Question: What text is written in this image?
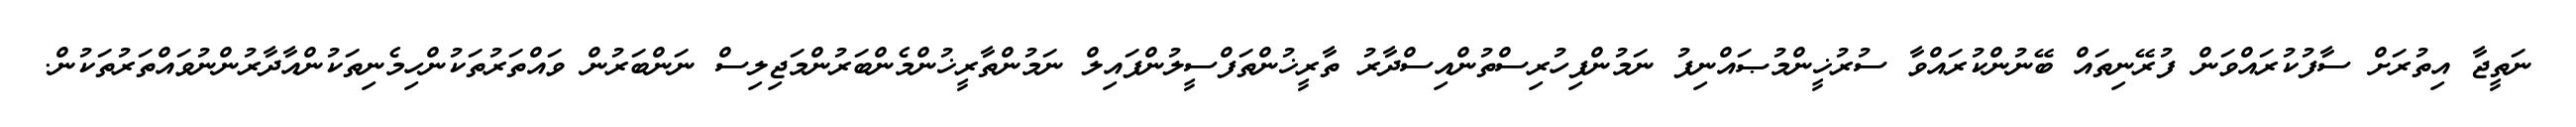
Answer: ނަތީޖާ އިތުރަށް ސާފުކުރައްވަން ފުރޭނިތައް ބޭނުންކުރައްވާ ސުރުޚީންމުޞައްނިފު ނަމުންފިހުރިސްތުންއިސްދާރު ތާރީޚުންތަފްސީލުންފައިލް ނަމުންތާރީޚުންމެންބަރުންމަޖިލިސް ނަންބަރުން ވައްތަރުތަކުންހިމެނިތަކުންއާދާރުންނުވައްތަރުތަކުން.